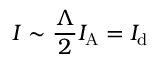
I \sim \frac { \Lambda } { 2 } I _ { \mathrm { A } } = I _ { \mathrm { d } }